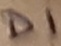
Text: D1